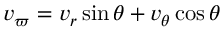
v _ { \varpi } = v _ { r } \sin \theta + v _ { \theta } \cos \theta